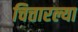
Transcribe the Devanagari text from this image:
चित्तारल्या